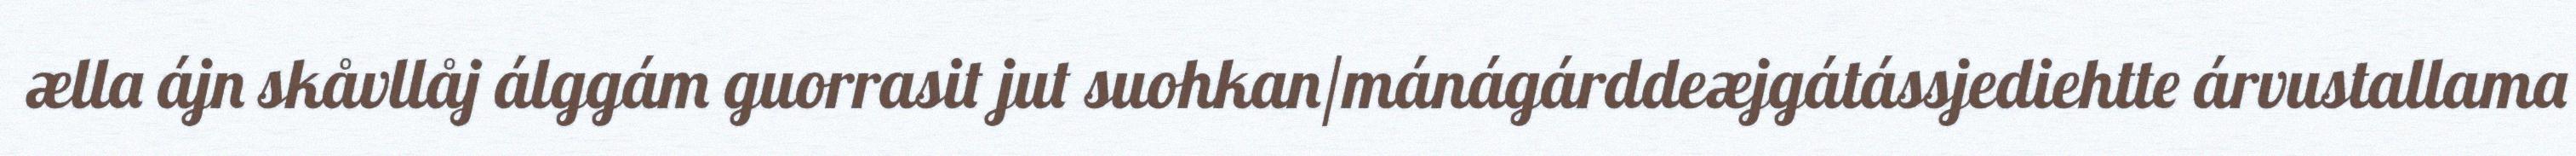
ælla ájn skåvllåj álggám guorrasit jut suohkan/mánágárddeæjgátássjediehtte árvustallama